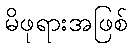
မိဖုရားအဖြစ်